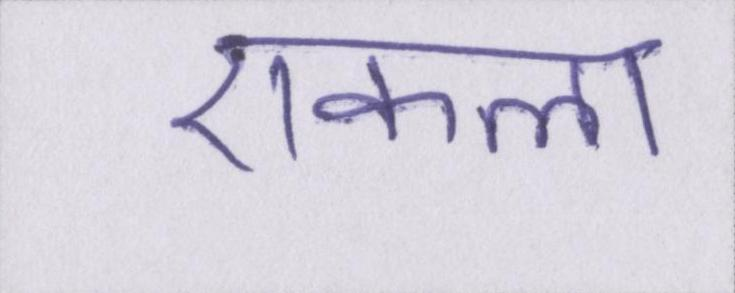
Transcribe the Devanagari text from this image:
एकला